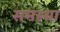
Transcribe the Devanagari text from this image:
समस्था